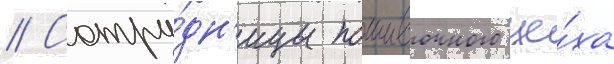
// Сотру́дн'ицы пошивочного це́ха